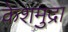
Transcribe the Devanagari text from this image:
केशमुद्रा